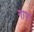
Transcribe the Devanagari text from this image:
गापा